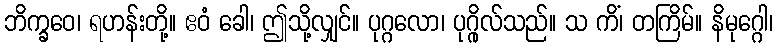
ဘိက္ခဝေ၊ ရဟန်းတို့။ ဧဝံ ခေါ၊ ဤသို့လျှင်။ ပုဂ္ဂလော၊ ပုဂ္ဂိုလ်သည်။ သ ကိံ၊ တကြိမ်။ နိမုဂ္ဂေါ၊